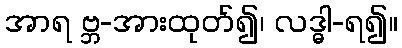
အာရ ဗ္ဘ-အားထုတ်၍၊ လဒ္ဓါ-ရ၍။